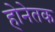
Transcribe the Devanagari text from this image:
होनेतक